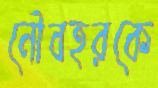
নৌবহরকে